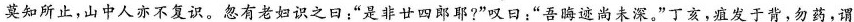
莫知所止，山中人亦不复识。忽有老妇识之日：”是非廿四郎耶?”叹日：”吾晦迹尚未深。”丁亥，疽发于背，勿药，谓